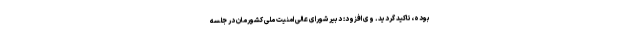
بوده،تاکید گردید. وی افزود: دبیر شورای عالی امنیت ملی کشورمان در جلسه